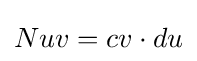
Nuv=cv\cdot du